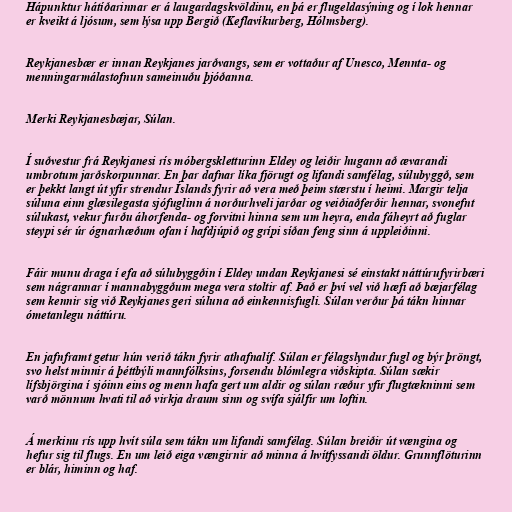
Hápunktur hátíðarinnar er á laugardagskvöldinu, en þá er flugeldasýning og í lok hennar
er kveikt á ljósum, sem lýsa upp Bergið (Keflavíkurberg, Hólmsberg).

Reykjanesbær er innan Reykjanes jarðvangs, sem er vottaður af Unesco, Mennta- og
menningarmálastofnun sameinuðu þjóðanna.

Merki Reykjanesbæjar, Súlan.

Í suðvestur frá Reykjanesi rís móbergskletturinn Eldey og leiðir hugann að ævarandi
umbrotum jarðskorpunnar. En þar dafnar líka fjörugt og lifandi samfélag, súlubyggð, sem
er þekkt langt út yfir strendur Íslands fyrir að vera með þeim stærstu í heimi. Margir telja
súluna einn glæsilegasta sjófuglinn á norðurhveli jarðar og veiðiaðferðir hennar, svonefnt
súlukast, vekur furðu áhorfenda- og forvitni hinna sem um heyra, enda fáheyrt að fuglar
steypi sér úr ógnarhæðum ofan í hafdjúpið og grípi síðan feng sinn á uppleiðinni.

Fáir munu draga í efa að súlubyggðin í Eldey undan Reykjanesi sé einstakt náttúrufyrirbæri
sem nágrannar í mannabyggðum mega vera stoltir af. Það er því vel við hæfi að bæjarfélag
sem kennir sig við Reykjanes geri súluna að einkennisfugli. Súlan verður þá tákn hinnar
ómetanlegu náttúru.

En jafnframt getur hún verið tákn fyrir athafnalíf. Súlan er félagslyndur fugl og býr þröngt,
svo helst minnir á þéttbýli mannfólksins, forsendu blómlegra viðskipta. Súlan sækir
lífsbjörgina í sjóinn eins og menn hafa gert um aldir og súlan ræður yfir flugtækninni sem
varð mönnum hvati til að virkja draum sinn og svífa sjálfir um loftin.

Á merkinu rís upp hvít súla sem tákn um lifandi samfélag. Súlan breiðir út vængina og
hefur sig til flugs. En um leið eiga vængirnir að minna á hvítfyssandi öldur. Grunnflöturinn
er blár, himinn og haf.